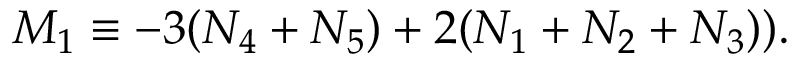
M _ { 1 } \equiv - 3 ( N _ { 4 } + N _ { 5 } ) + 2 ( N _ { 1 } + N _ { 2 } + N _ { 3 } ) ) .